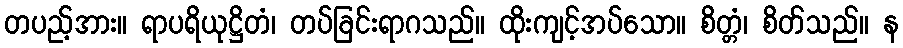
တပည့်အား။ ရာပရိယုဋ္ဌိတံ၊ တပ်ခြင်းရာဂသည်။ ထိုးကျင့်အပ်သော။ စိတ္တံ၊ စိတ်သည်။ န